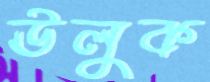
ঊলুক